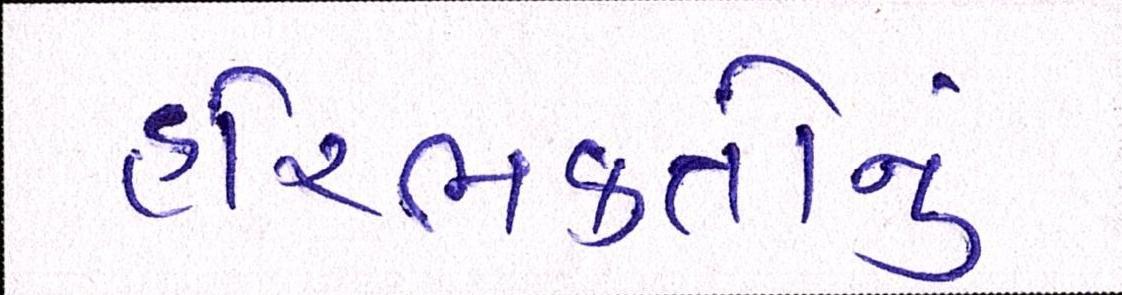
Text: હરિભક્તોનું